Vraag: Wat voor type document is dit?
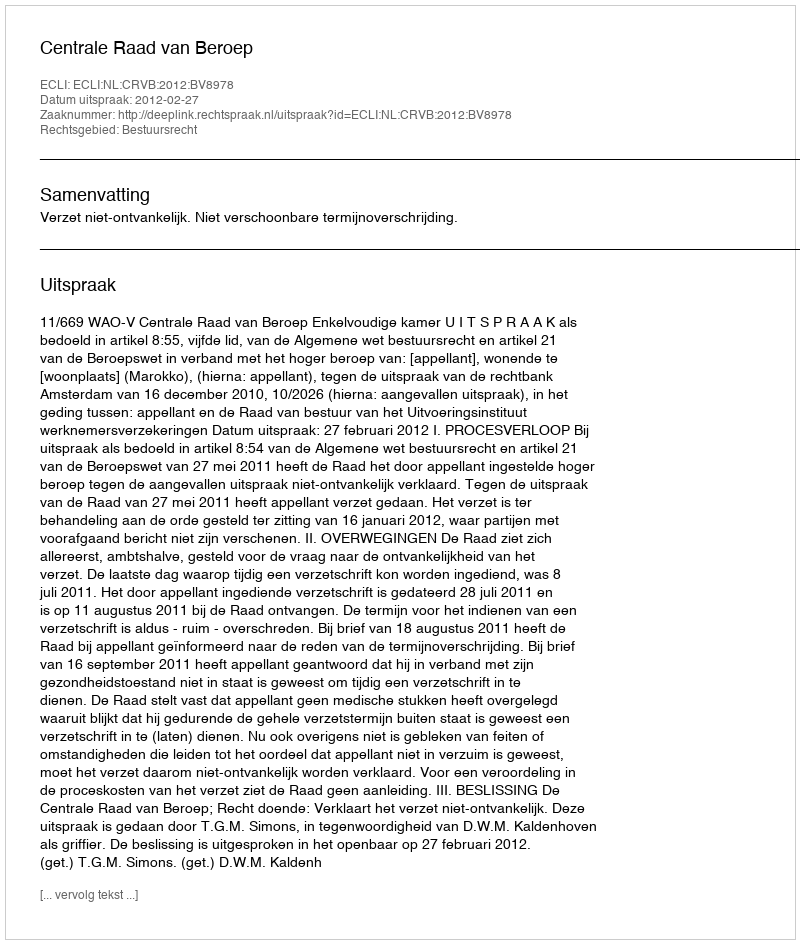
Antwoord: Uitspraak